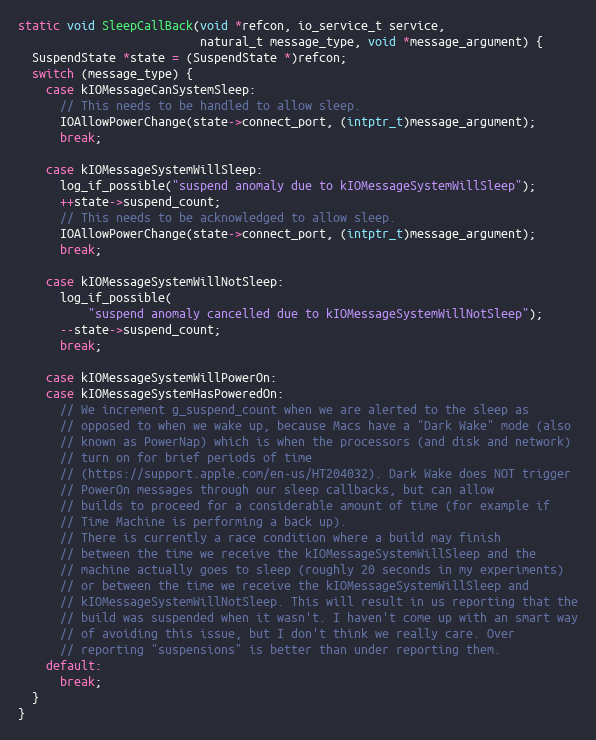
Language: C++
static void SleepCallBack(void *refcon, io_service_t service,
                          natural_t message_type, void *message_argument) {
  SuspendState *state = (SuspendState *)refcon;
  switch (message_type) {
    case kIOMessageCanSystemSleep:
      // This needs to be handled to allow sleep.
      IOAllowPowerChange(state->connect_port, (intptr_t)message_argument);
      break;

    case kIOMessageSystemWillSleep:
      log_if_possible("suspend anomaly due to kIOMessageSystemWillSleep");
      ++state->suspend_count;
      // This needs to be acknowledged to allow sleep.
      IOAllowPowerChange(state->connect_port, (intptr_t)message_argument);
      break;

    case kIOMessageSystemWillNotSleep:
      log_if_possible(
          "suspend anomaly cancelled due to kIOMessageSystemWillNotSleep");
      --state->suspend_count;
      break;

    case kIOMessageSystemWillPowerOn:
    case kIOMessageSystemHasPoweredOn:
      // We increment g_suspend_count when we are alerted to the sleep as
      // opposed to when we wake up, because Macs have a "Dark Wake" mode (also
      // known as PowerNap) which is when the processors (and disk and network)
      // turn on for brief periods of time
      // (https://support.apple.com/en-us/HT204032). Dark Wake does NOT trigger
      // PowerOn messages through our sleep callbacks, but can allow
      // builds to proceed for a considerable amount of time (for example if
      // Time Machine is performing a back up).
      // There is currently a race condition where a build may finish
      // between the time we receive the kIOMessageSystemWillSleep and the
      // machine actually goes to sleep (roughly 20 seconds in my experiments)
      // or between the time we receive the kIOMessageSystemWillSleep and
      // kIOMessageSystemWillNotSleep. This will result in us reporting that the
      // build was suspended when it wasn't. I haven't come up with an smart way
      // of avoiding this issue, but I don't think we really care. Over
      // reporting "suspensions" is better than under reporting them.
    default:
      break;
  }
}